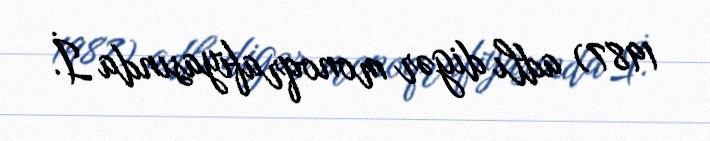
1987) adlı digər monoqrafiyasında İ.